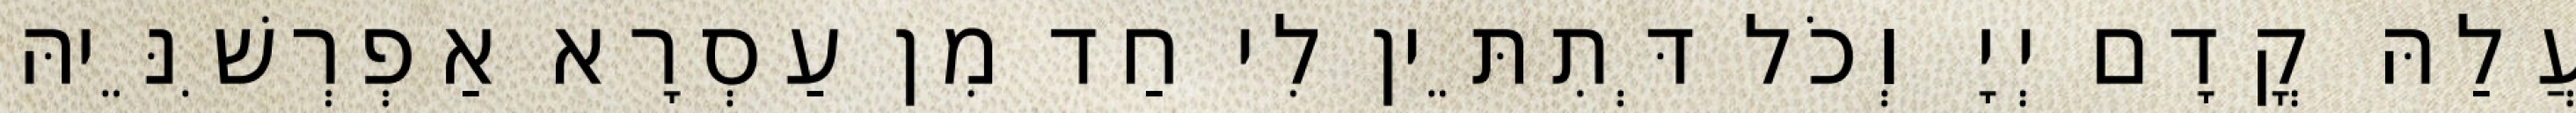
עֲלַהּ קֳדָם יְיָ וְכֹל דְּתִתֵּין לִי חַד מִן עַסְרָא אַפְרְשִׁנֵּיהּ